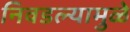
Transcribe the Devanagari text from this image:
निवडल्यामुळे